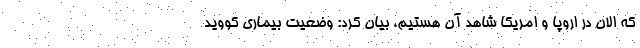
که الان در اروپا و امریکا شاهد آن هستیم، بیان کرد: وضعیت بیماری کووید